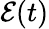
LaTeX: \mathcal{E}(t)